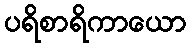
ပရိစာရိကာယော